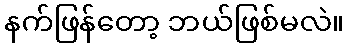
နက်ဖြန်တော့ ဘယ်ဖြစ်မလဲ။